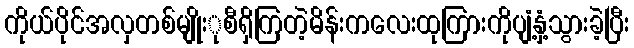
ကိုယ်ပိုင်အလှတစ်မျိုးုစီရှိကြတဲ့မိန်းကလေးထုကြားကိုပျံ့နှံ့သွားခဲ့ပြီး